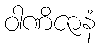
ဝါဏိဇာနံ